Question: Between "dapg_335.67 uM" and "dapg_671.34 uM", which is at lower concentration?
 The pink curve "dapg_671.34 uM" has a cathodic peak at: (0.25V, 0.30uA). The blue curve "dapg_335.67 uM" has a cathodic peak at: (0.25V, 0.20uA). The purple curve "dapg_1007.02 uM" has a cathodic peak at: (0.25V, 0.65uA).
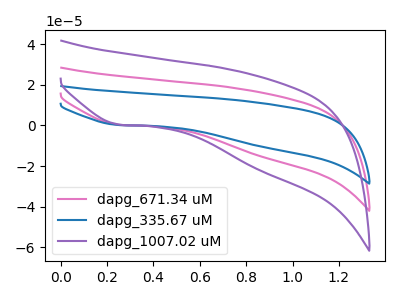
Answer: <think>All the peaks in "dapg_335.67 uM" have a peak in "dapg_671.34 uM" at the same potential. Every peak in "dapg_335.67 uM" is higher than every peak in "dapg_671.34 uM".
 </think>
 <answer>"dapg_335.67 uM" has more signal than "dapg_671.34 uM" and so likely has a higher concentration.</answer>
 <eval>more_concentration</eval>